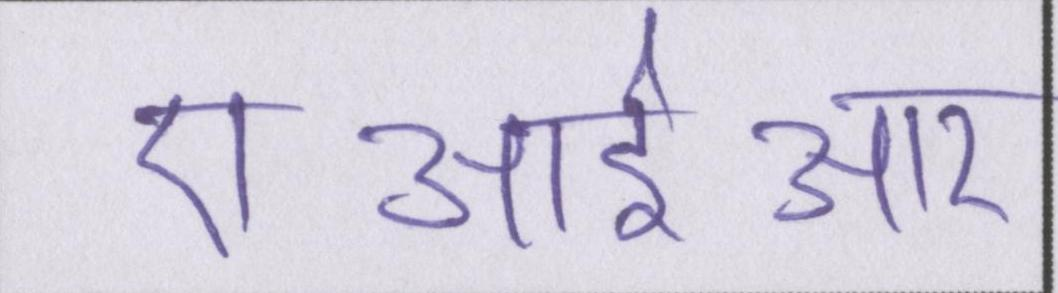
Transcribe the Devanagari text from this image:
एआईआर